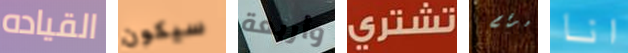
القياده سيكون وأربعة تشتري لرقم انا